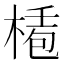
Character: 𣕅